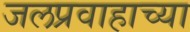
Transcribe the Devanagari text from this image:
जलप्रवाहाच्या